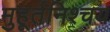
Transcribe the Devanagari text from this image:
मुहूर्तनिश्चय